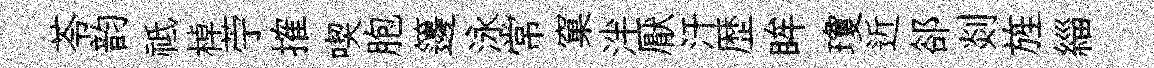
苓韵祗棹苧搉喫胞籩泳常窠泮厭汗歴眸瓊近郤剡旌緇